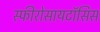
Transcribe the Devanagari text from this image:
स्फीरोसायटॉसिस